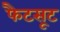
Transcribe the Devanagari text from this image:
फैटसूट